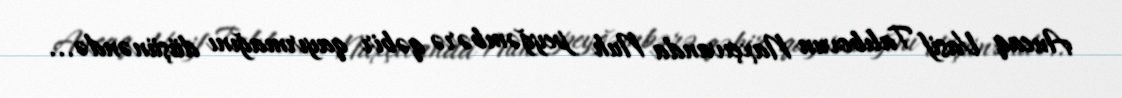
Ancaq Vasif Talıbovun Naxçıvanda Nuh peyğəmbərə qəbir qayırmağını düşünəndə...